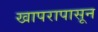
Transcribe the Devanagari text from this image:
खापरापासून